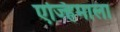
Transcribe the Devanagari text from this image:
एज्हिमाला